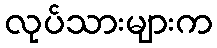
လုပ်သားများက